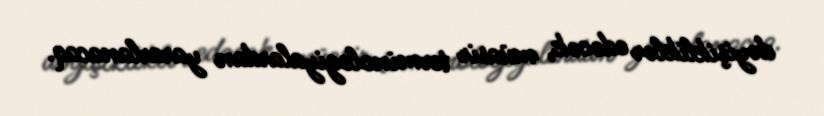
dəyişikliklər edəcək, müasir terminologiyalardan yararlanacaq.